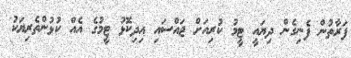
ފަރާތުން ފެނިގެން ދިޔައީ ޓީމު ކުރިއަށް ޖައްސައި އިދިކޮޅު ޓީމުގެ އެއް ކުޅުންތެރިޔަކު